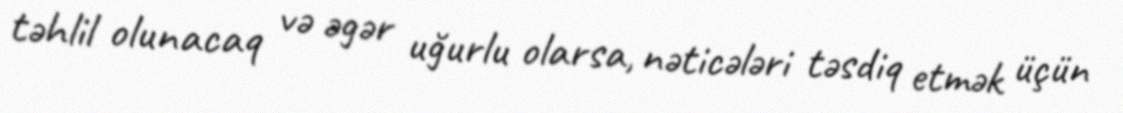
təhlil olunacaq və əgər uğurlu olarsa, nəticələri təsdiq etmək üçün